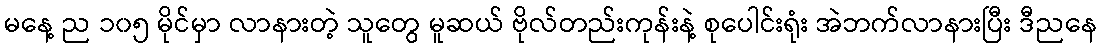
မနေ့ ည ၁၀၅ မိုင်မှာ လာနားတဲ့ သူတွေ မူဆယ် ဗိုလ်တည်းကုန်းနဲ့ စုပေါင်းရုံး အဲဘက်လာနားပြီး ဒီညနေ